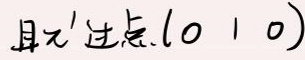
取$\pi'$过点(0 1 0)